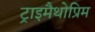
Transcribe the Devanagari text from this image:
ट्राइमैथोप्रिम